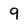
Character: 9